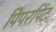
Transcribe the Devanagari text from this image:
पिपरपिंट